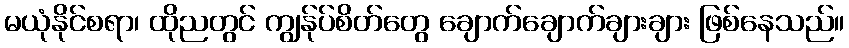
မယုံနိုင်စရာ၊ ထိုညတွင် ကျွန်ုပ်စိတ်တွေ ချောက်ချောက်ချားချား ဖြစ်နေသည်။